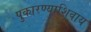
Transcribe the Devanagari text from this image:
पुकारण्याशिवाय